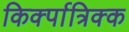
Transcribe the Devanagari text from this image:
किर्क्पात्रिक्क